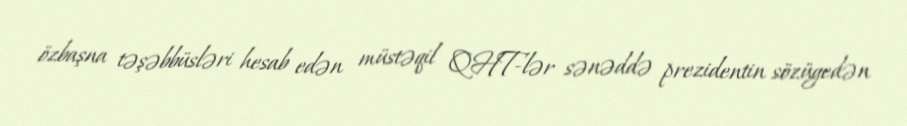
özbaşna təşəbbüsləri hesab edən müstəqil QHT-lər sənəddə prezidentin sözügedən